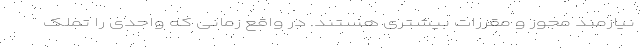
نیازمند مجوز و مقررات بیشتری هستند. در واقع زمانی که واحدی را تملک